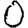
Digit: 0